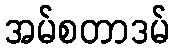
အမ်စတာဒမ်